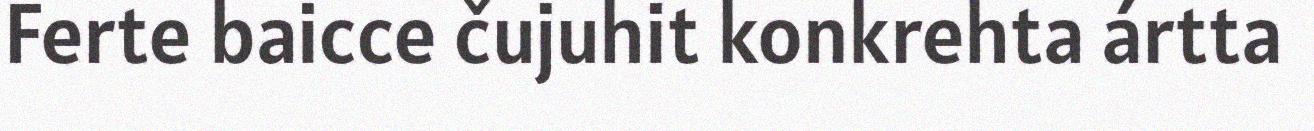
Ferte baicce čujuhit konkrehta ártta